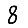
Digit: 8